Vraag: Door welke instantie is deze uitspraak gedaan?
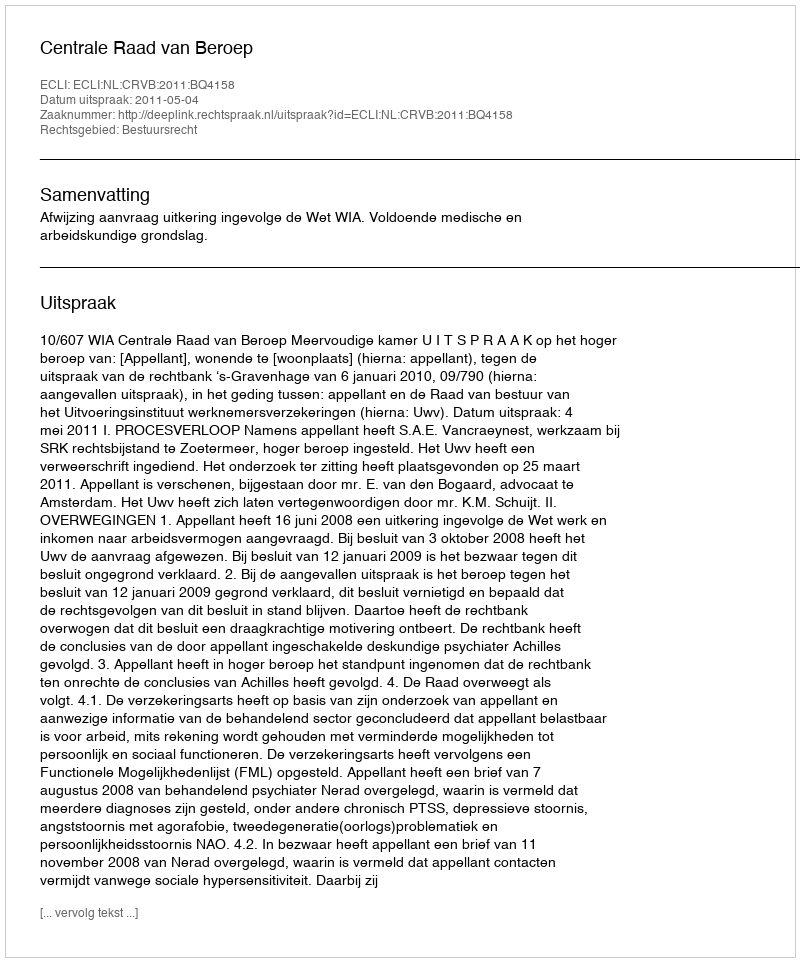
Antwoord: Centrale Raad van Beroep